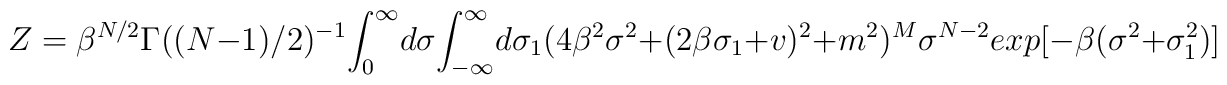
Z  = \beta^{N/2} \Gamma((N-1)/2)^{-1}       {\LARGE\int_0^\infty} d\sigma       {\LARGE\int_{-\infty}^\infty} d\sigma_1       ( 4 \beta^2 \sigma^2 + (2 \beta \sigma_1 + v ) ^2 + m^2 )^M       \sigma^{N-2} exp[ -\beta (\sigma^2 + \sigma_1^2) ]